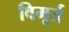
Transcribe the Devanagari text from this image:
विमूर्त